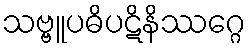
သဗ္ဗူပဓိပဋိနိဿဂ္ဂေ